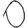
Digit: 0